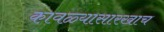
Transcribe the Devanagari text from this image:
कावळ्यासारखाच